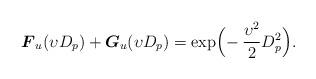
LaTeX: \begin{align*}\boldsymbol{F}_{u}(\upsilon D_p) +\boldsymbol{G}_{u}(\upsilon D_p)= \exp\!\Big(\kern-3pt-\frac{\upsilon^2}{2} D_p^2\Big).\end{align*}